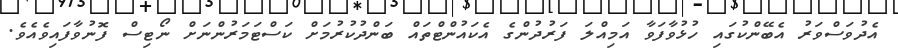
އެދުވަސްވަރު އެބޭންކުގައި ހުޅުވާފަވާ އަމިއްލަ ފަރުދުންގެ އެކައުންޓްތައް ބަންދުކުރުމަށް ކަސްޓަމަރުންނަށް ނޯޓިސް ފޮނުވާފައިވެއެވެ.